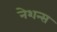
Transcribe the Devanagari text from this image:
नेशन्‍स